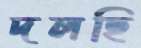
দলছি